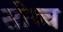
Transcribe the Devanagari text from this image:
सोव्च